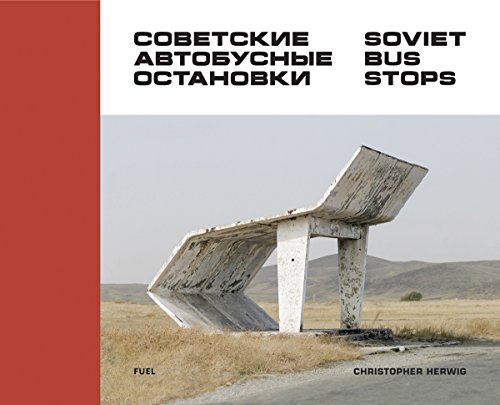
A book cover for Soviet Bus Stops; Christopher Herwig; Engineering & Transportation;